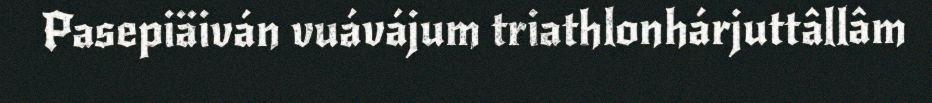
Pasepiäiván vuávájum triathlonhárjuttâllâm